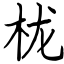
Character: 栊